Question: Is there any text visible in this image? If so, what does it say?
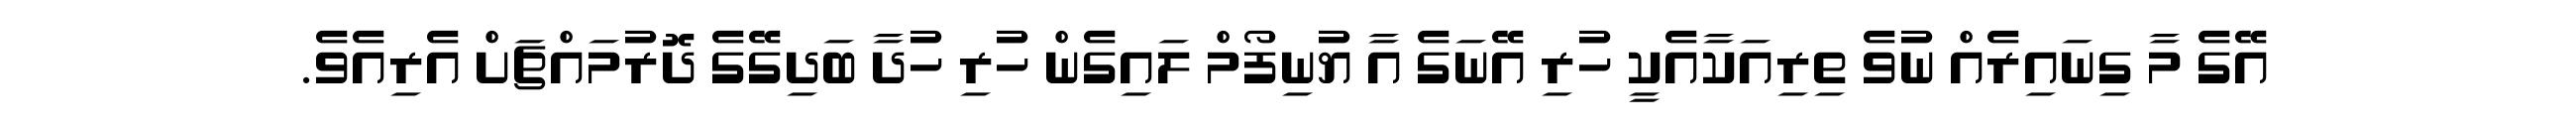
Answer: އޭގެ މާ ގިނައިރެއް ނުވެ ތިރިއަކާއެކީ ހުރި އޭނަގެ އާ ޔުނިފޯމް ލައިގެން ހުރި ހުދާ ބަދިގޭގެ ދޮރުމައްޗަށް އެރިއެވެ.